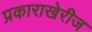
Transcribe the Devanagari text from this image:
प्रकाराखेरीज